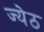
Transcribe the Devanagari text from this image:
ज्येठ